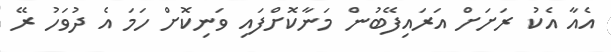
އެއާ އެކު ރަށަށް އަރައިފޭބުން މަނާކޮށްފައި ވަނިކޮށް ހަމަ އެ ދުވަހު ރޭ